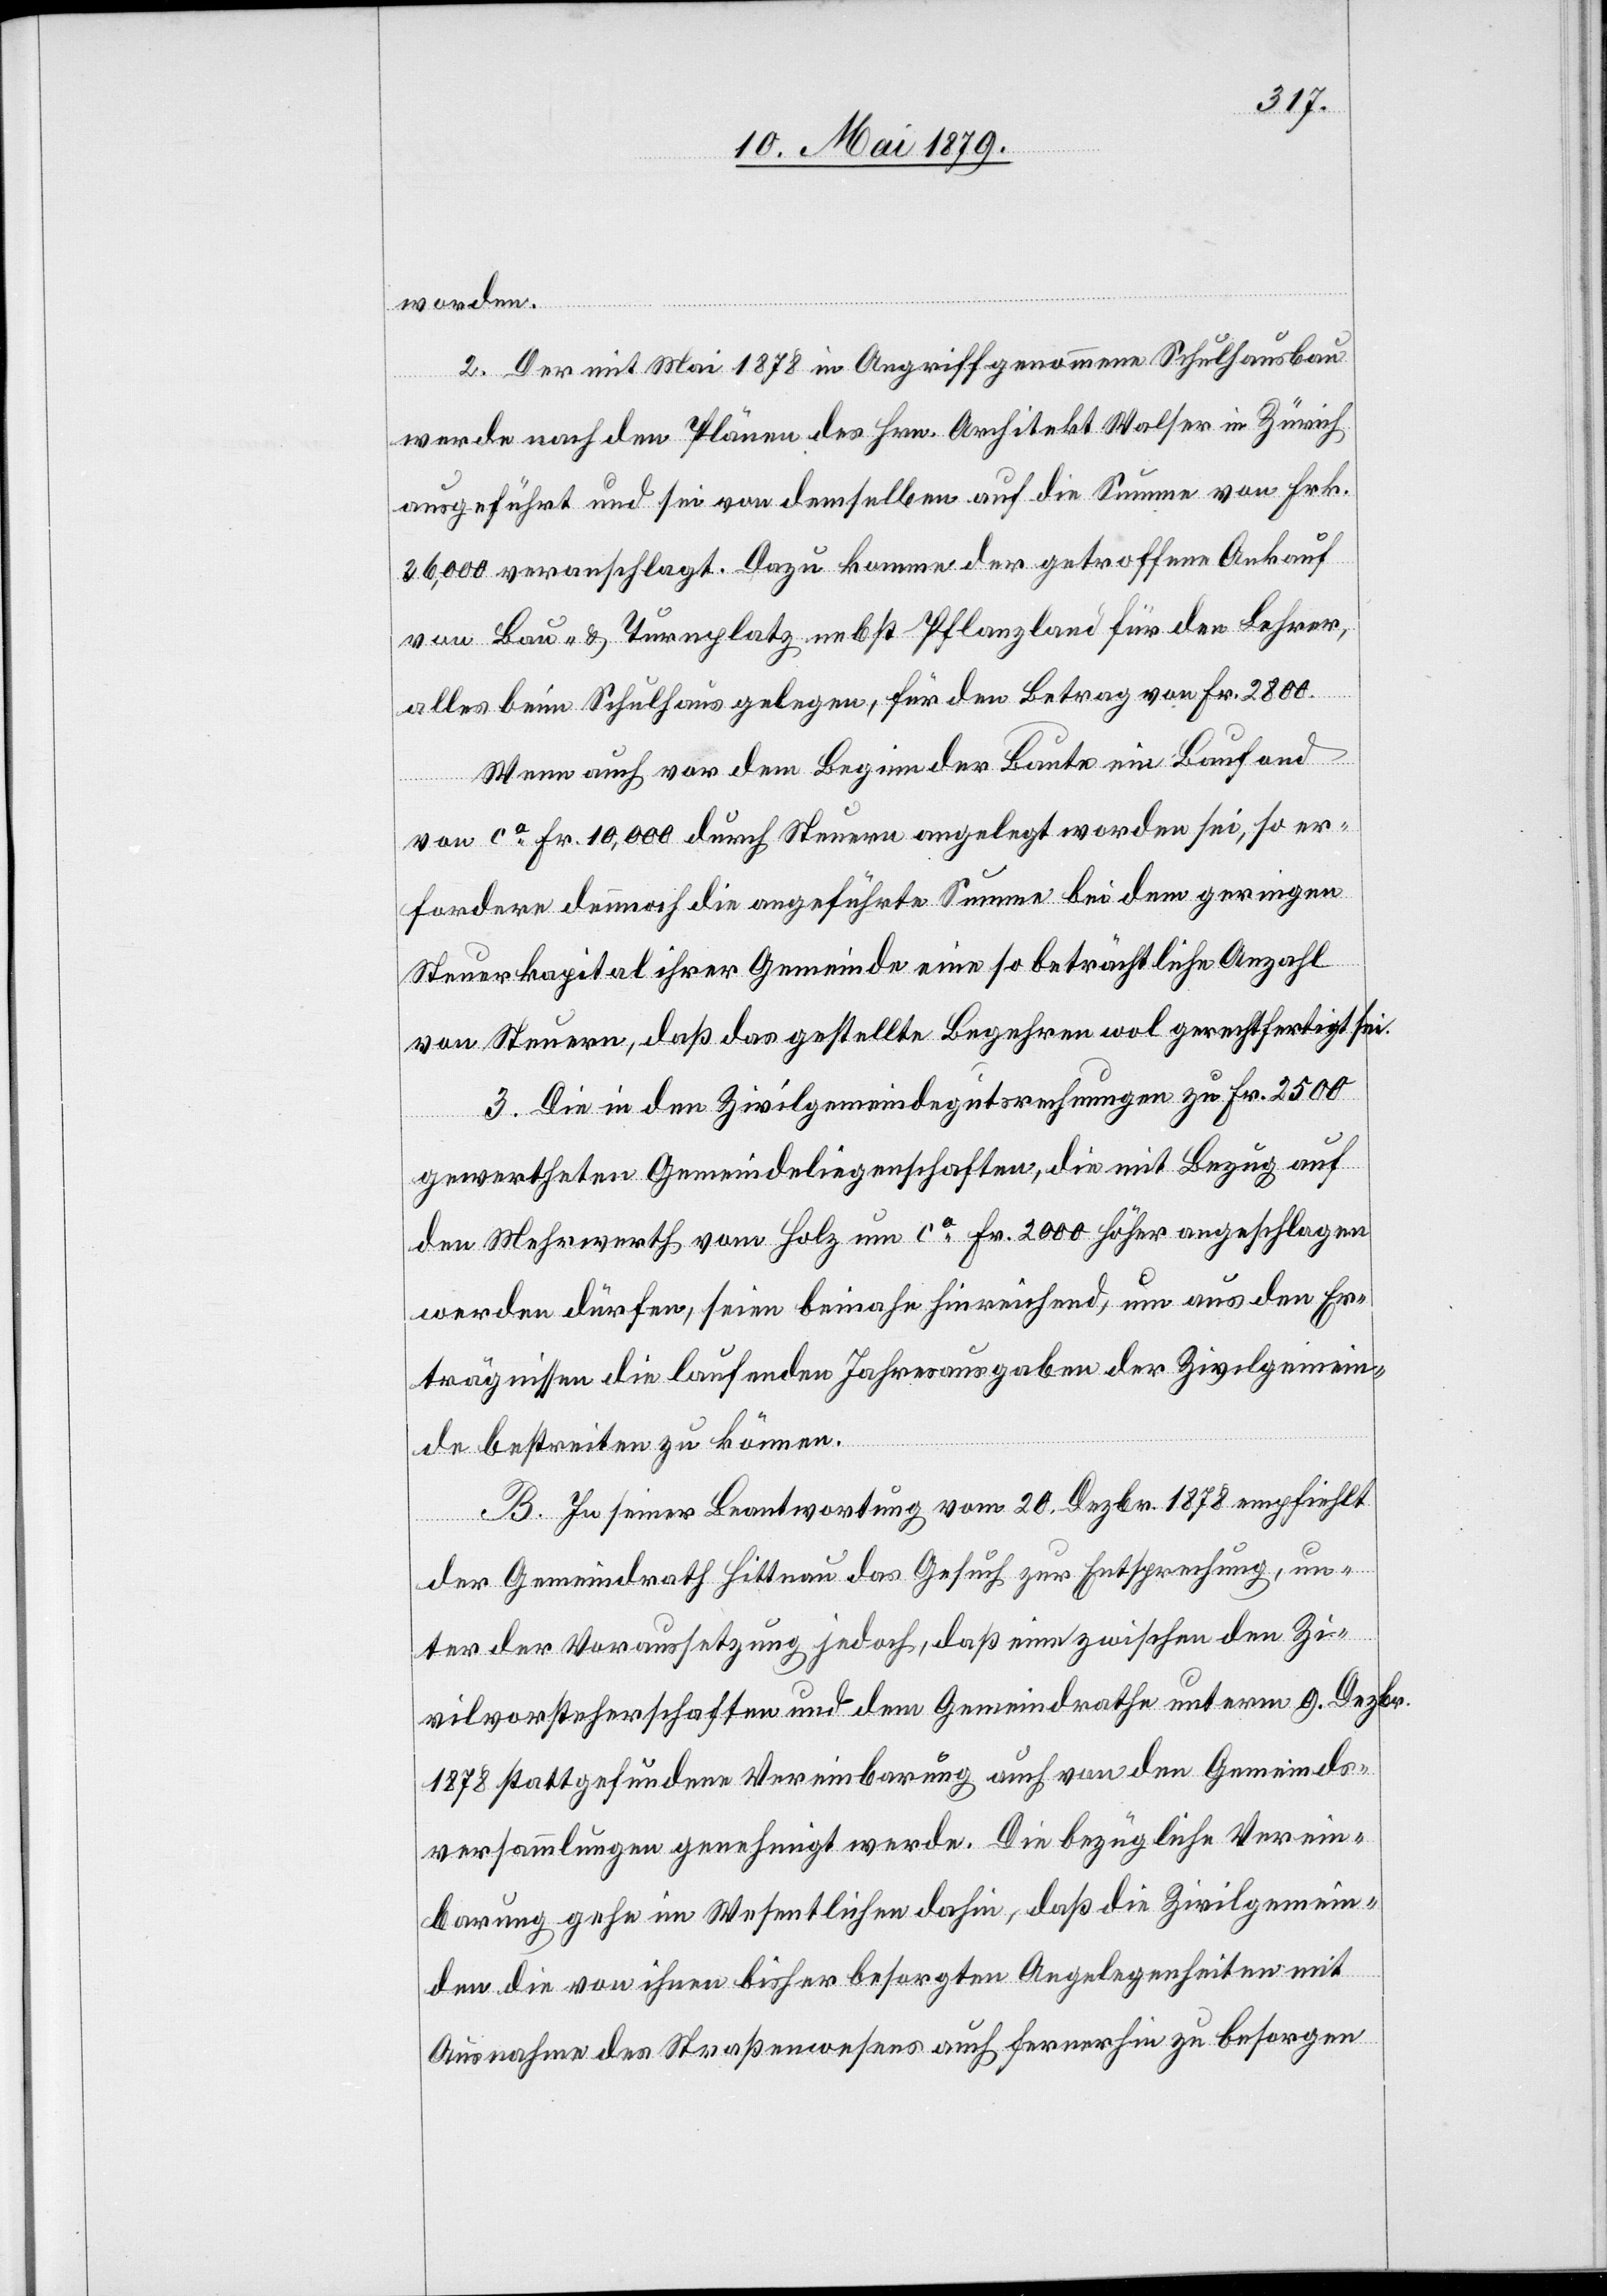
worden.
2. Der mit Mai 1878 in Angriff genommene Schulhausbau
werde nach den Plänen des Hrn. Architekt Walser in Zürich
ausgeführt und sei von demselben auf die Summe von Frk.
26,000 veranschlagt. Dazu komme der getroffene Ankauf
von Bau- & Turnplatz nebst Pflanzland für den Lehrer,
alles beim Schulhaus gelegen, für den Betrag von Fr. 2800.
Wenn auch vor dem Beginn der Baute ein Baufond
von ca Fr. 10,000 durch Steuern angelegt worden sei, so er¬
fordere dennnoch die angeführte Summe bei dem geringen
Steuerkapital ihrer Gemeinde eine so beträchtliche Anzahl
von Steuern, daß das gestellte Begehren wol gerechtfertigt sei.
3. Die in den Zivilgemeindegutsrechnungen zu Fr. 2500
gewertheten Gemeindeliegenschaften, die mit Bezug auf
den Mehrwerth vom Holz um ca Fr. 2000 höher angeschlagen
werden dürfen, seien beinahe hinreichend, um aus den Er¬
trägnissen die laufenden Jahresausgaben der Zivilgemein¬
de bestreiten zu können.
B. In seiner Beantwortung vom 20. Dezbr. 1878 empfiehlt
der Gemeindrath Hittnau das Gesuch zur Entsprechung, un¬
ter der Voraussetzung jedoch, daß eine zwischen den Zi¬
vilvorsteherschaften und dem Gemeindrathe unterm 9. Dezbr.
1878 stattgefundene Vereinbarung auch von den Gemeinds¬
versammlungen genehmigt werde. Die bezügliche Verein¬
barung gehe im Wesentlichen dahin, daß die Zivilgemein¬
den die von ihnen bisher besorgten Angelegenheiten mit
Ausnahme des Straßenwesens auch fernerhin zu besorgen